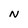
Character: N